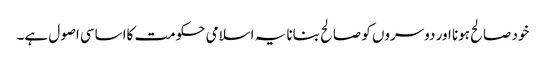
خود صالح ہونا اور دوسروں کو صالح بنانا یہ اسلامی حکومت کااساسی اصول ہے۔